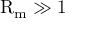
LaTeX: \mathrm { R } _ { \mathrm { m } } \gg 1